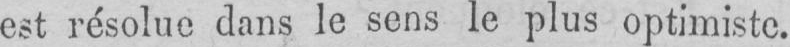
est résolue dans le sens le plus optimiste.